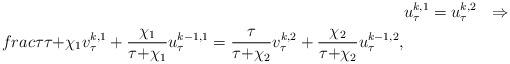
LaTeX: \begin{align*}&u_\tau^{k,1}=u_\tau^{k,2}\ \ \Rightarrow\ \\frac{\tau}{\tau{+}\chi_1}v_\tau^{k,1}+\frac{\chi_1}{\tau{+}\chi_1}u_\tau^{k-1,1}=\frac{\tau}{\tau{+}\chi_2}v_\tau^{k,2}+\frac{\chi_2}{\tau{+}\chi_2}u_\tau^{k-1,2},\end{align*}